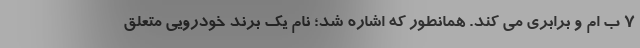
7 ب ام و برابری می کند. همانطور که اشاره شد؛ نام یک برند خودرویی متعلق